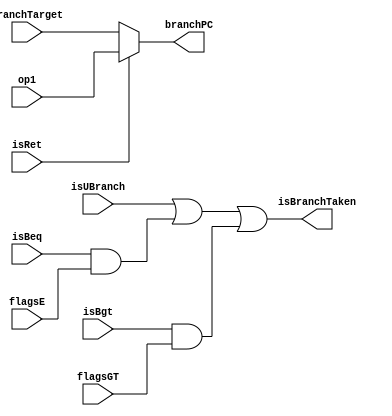
`timescale 1s/1ms
module BranchUnit(branchPC, isBranchTaken,
		  branchTarget, op1, isRet, isUBranch, isBeq, flagsE, isBgt, flagsGT);
   input [31:0] branchTarget, op1;
   input 	isUBranch, isBeq, isBgt, flagsGT, flagsE, isRet;
   output [31:0] branchPC;
   output 	 isBranchTaken;
   assign branchPC = (isRet) ? op1 : branchTarget;
   assign isBranchTaken = isUBranch | (isBeq & flagsE) | (isBgt & flagsGT);
endmodule // DFF